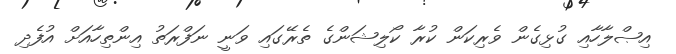
އިޞްލާހާއި ގުޅިގެން ވެރިކަން ކުރާ ކޯލިޝަންގެ ތެރޭގައި ވަނީ ނަފްރަތު އިންތިހާއަށް އުފެދި